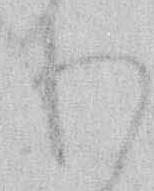
わ